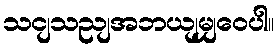
သငျသညျအဘယျမျှဝေပါ။